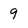
Character: 9